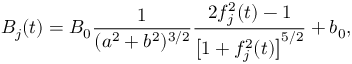
B _ { j } ( t ) = B _ { 0 } { \frac { 1 } { ( a ^ { 2 } + b ^ { 2 } ) ^ { 3 / 2 } } } { \frac { 2 f _ { j } ^ { 2 } ( t ) - 1 } { \big [ 1 + f _ { j } ^ { 2 } ( t ) \big ] ^ { 5 / 2 } } } + b _ { 0 } ,